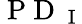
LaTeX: \mathrm{~P~D~}_{\mathrm{~I~}}